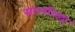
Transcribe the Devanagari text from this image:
सारणीच्या